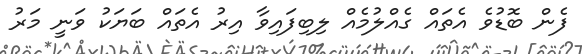
ފެން ބޮޑުވެ އެތައް ގެއްލުމެއް ލިބިފައިވާ އިރު އެތައް ބަޔަކު ވަނީ މަރު